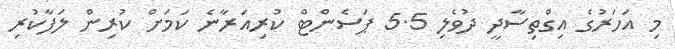
މި އަހަރުގެ އިގްތިސާދީ ދުވެލި 5.5 ޕަސެންޓް ކުރިއަރާނެ ކަމަށް ކުރިން ލަފާކުރި